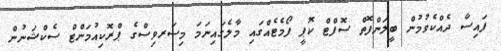
ފައިސާ ދެއްކެވުމުން ބީލަންފޮތް ސޮފްޓް ކޮޕީ ފޯމެޓެއްގައި މާލެގައިނަމަ މިސަރވިސްގެ ޕްރޮކިއުމަންޓް ސެކްޝަނުން